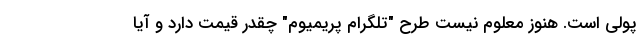
پولی است. هنوز معلوم نیست طرح "تلگرام پریمیوم" چقدر قیمت دارد و آیا